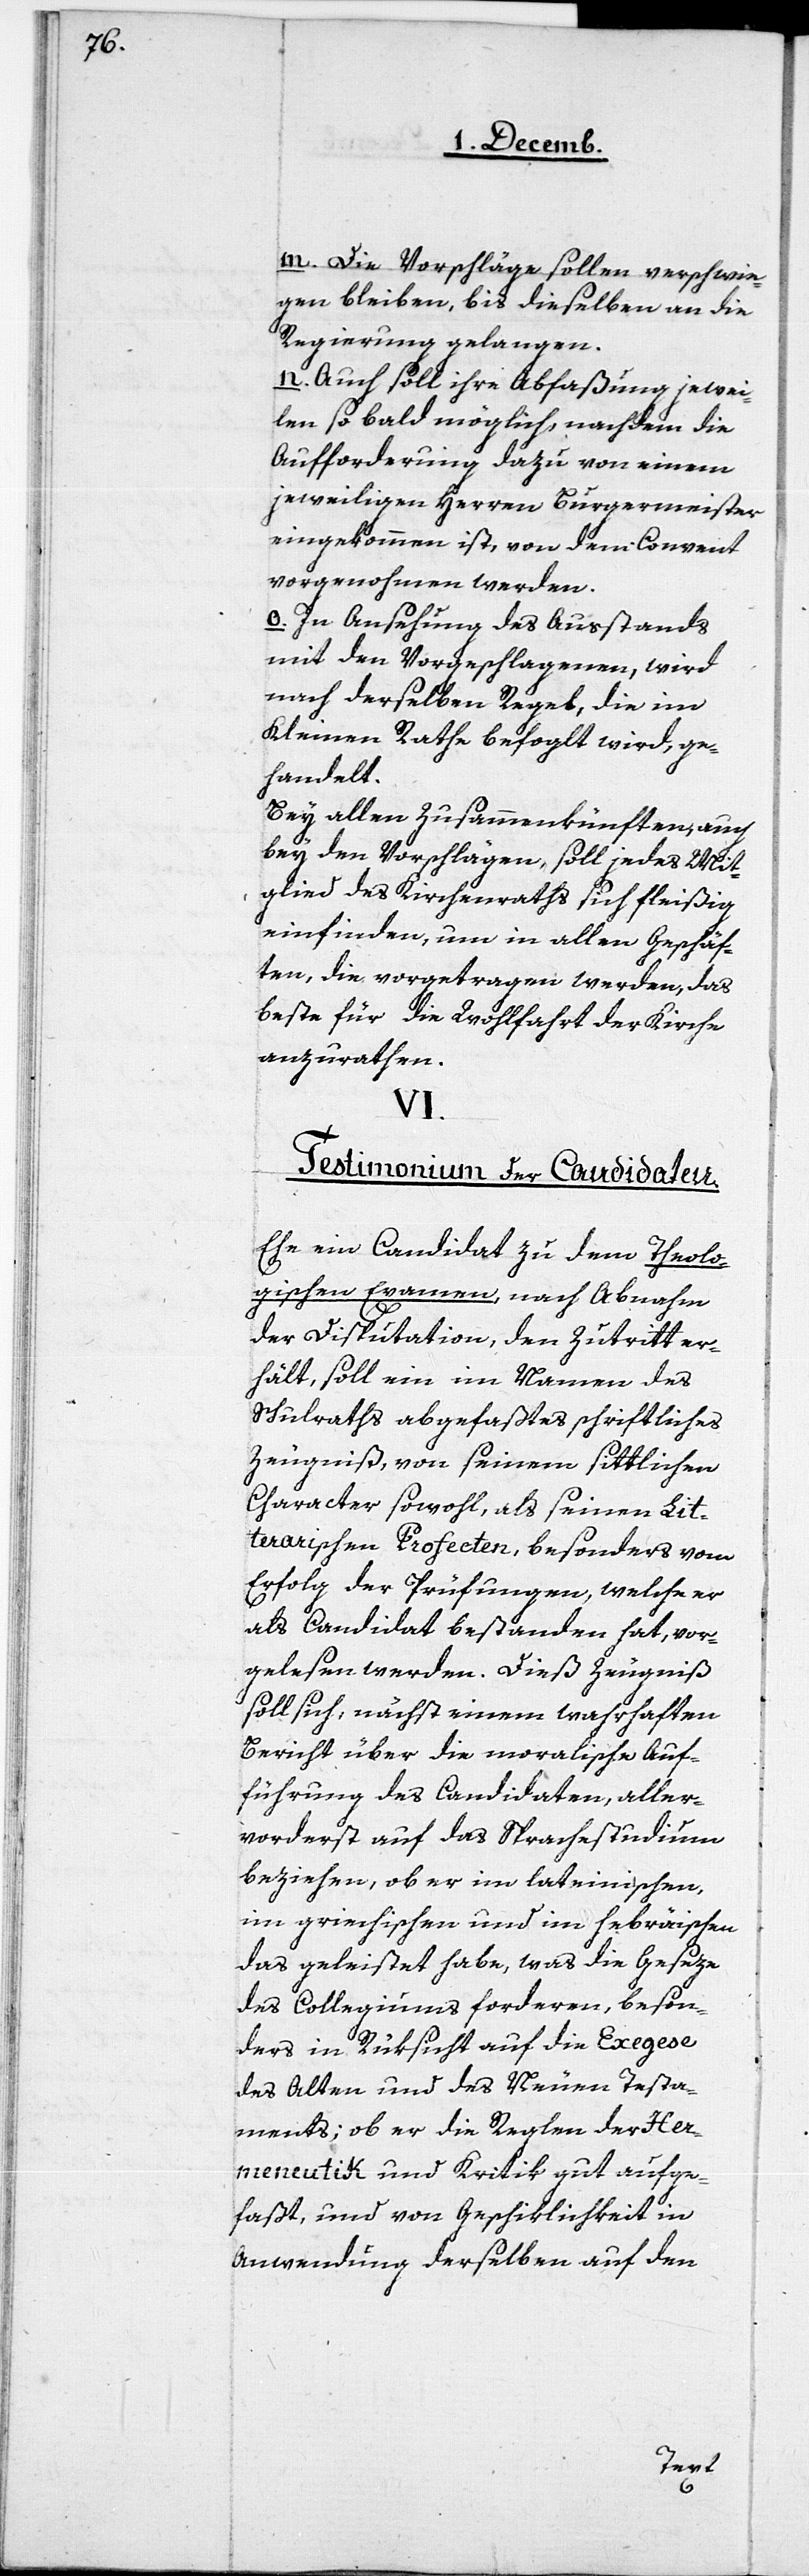
m. Die Vorschläge sollen verschwie¬
gen bleiben, bis dieselben an die
Regierung gelangen.
n. Auch soll ihre Abfaßung jewei¬
len so bald möglich, nachdem die
Aufforderung dazu von einem
jeweiligen Herren Burgermeister
eingekommen ist, von dem Convent
vorgenohmen werden.
o. In Ansehung des Ausstands
mit den Vorgeschlagenen, wird
nach derselben Regel, die im
Kleinen Rathe befoglt [sic!] wird, ge¬
handelt.
Bei allen Zusammenkünften, auch
bey den Vorschlägen, soll jedes Mit¬
glied des Kirchenraths sich fleißig
einfinden, um in allen Geschäf¬
ten, die vorgetragen werden, das
beste für die Wohlfahrt der Kirche
anzurathen.
VI.
Testimonium der Candidaten.
Ehe ein Candidat zu dem Theolo¬
gischen Examen nach Abnahm
der Disputation, den Zutritt er¬
hält, soll ein im Namen des
Schulraths abgefaßtes schriftliches
Zeugniß, von seinem sittlichen
Character sowohl, als seinen Lit¬
erarischen Profecten, besonders vom
Erfolg der Prüfungen, welche er
als Candidat bestanden hat, vor¬
gelesen werden. Dieß Zeugniß
soll sich, nächst einem wahrhaften
Bericht über die moralische Auf¬
führung das Candidaten, aller¬
vorderst auf das Sprachestudium
beziehen, ob er im lateinischen,
im griechischen und im hebräischen
das geleistet habe, was die Geseze
des Collegiums forderen, beson¬
ders in Rüksicht auf die Exegese
des Alten und des Neuen Testa¬
ments; ob er die Regeln der Her¬
meneutik und Kritik gut aufge¬
faßt, und von Geschicklichkeit in
Anwendung derselben auf den